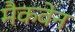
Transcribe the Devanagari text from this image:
मैकवेन